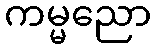
ကမ္မညော